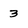
Character: 3